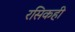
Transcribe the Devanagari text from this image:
रसिकही